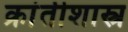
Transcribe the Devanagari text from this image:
क्रांतीशास्त्र